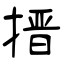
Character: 搢